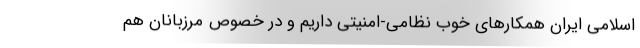
اسلامی ایران همکارهای خوب نظامی-امنیتی داریم و در خصوص مرزبانان هم